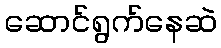
ဆောင်ရွက်နေဆဲ